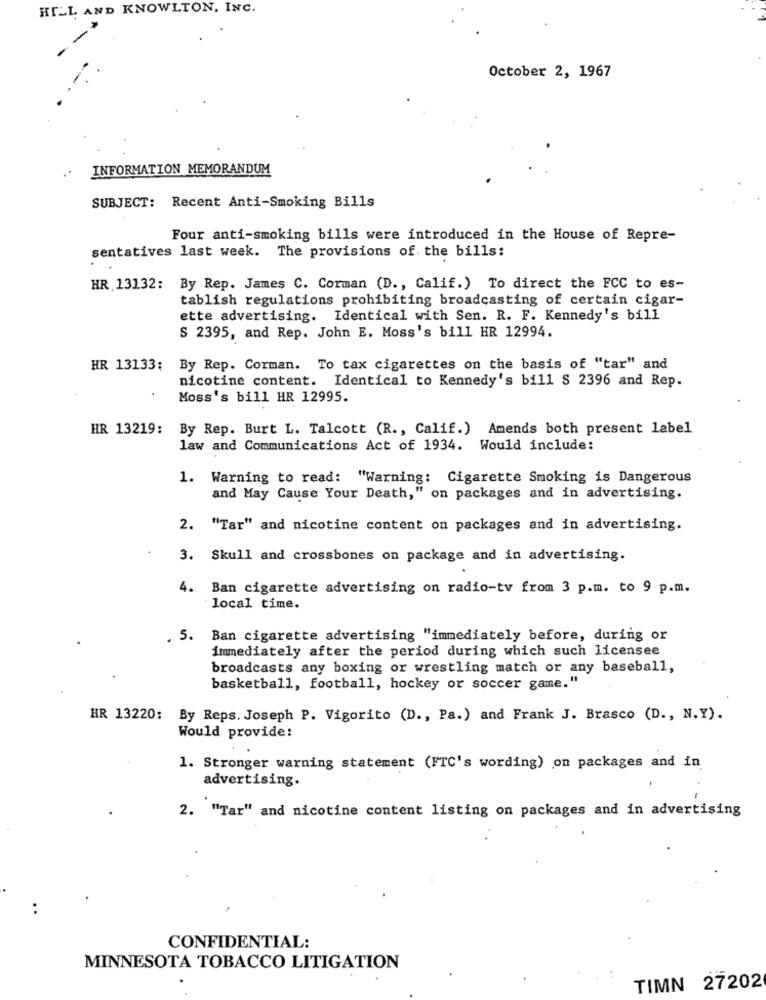
HILL AND KNOWLTON, INC.
October 2, 1967
INFORMATION MEMORANDUM
SUBJECT: Recent Anti-Smoking Bills
Four anti-smoking bills were introduced in the House of Repre-
sentatives last week. The provisions of the bills:
HR 13132: By Rep. James C. Corman (D ., Calif.) To direct the FCC to es-
tablish regulations prohibiting broadcasting of certain cigar-
ette advertising. Identical with Sen. R. F. Kennedy's bill
S 2395, and Rep. John E. Moss's bill HR 12994.
HR 13133; By Rep. Corman. To tax cigarettes on the basis of "tar" and
nicotine content. Identical to Kennedy's bill S 2396 and Rep.
Moss's bill HR 12995.
HR 13219: By Rep. Burt L. Talcott (R ., Calif.) Amends both present label
law and Communications Act of 1934. Would include:
1. Warning to read: "Warning: Cigarette Smoking is Dangerous
and May Cause Your Death," on packages and in advertising.
2. "Tar" and nicotine content on packages and in advertising.
3. Skull and crossbones on package and in advertising.
4. Ban cigarette advertising on radio-tv from 3 p.m. to 9 p.m.
local time.
. 5. Ban cigarette advertising "immediately before, during or
immediately after the period during which such licensee
broadcasts any boxing or wrestling match or any baseball,
basketball, football, hockey or soccer game."
HR 13220: By Reps. Joseph P. Vigorito (D ., Pa.) and Frank J. Brasco (D ., N.Y).
Would provide:
1. Stronger warning statement (FTC's wording) on packages and in
advertising.
2. "Tar" and nicotine content listing on packages and in advertising
..
CONFIDENTIAL:
MINNESOTA TOBACCO LITIGATION
TIMN 27202